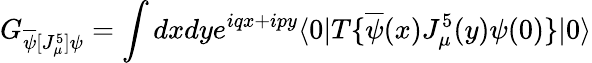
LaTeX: G_{\overline{{{\psi}}}[J_{\mu}^{5}]\psi}=\int dxdye^{iqx+ipy}\langle 0|T\{ \overline{{{\psi}}}(x)J_{\mu}^{5}(y)\psi(0)\} |0\rangle